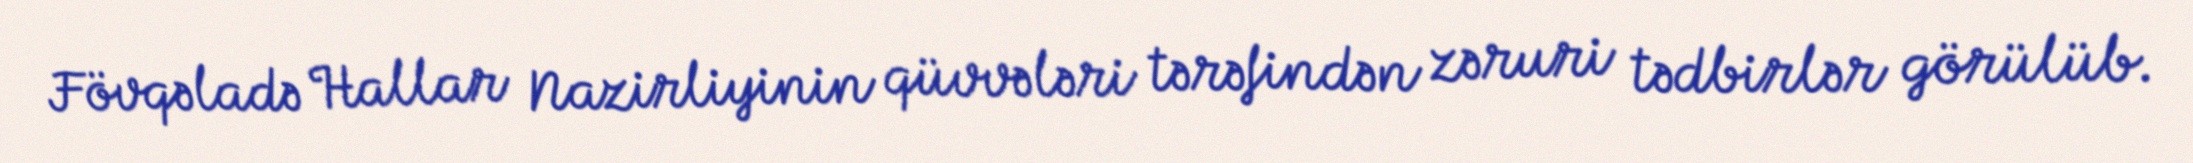
Fövqəladə Hallar Nazirliyinin qüvvələri tərəfindən zəruri tədbirlər görülüb.